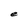
Character: e